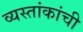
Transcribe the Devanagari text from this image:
व्यस्तांकांची